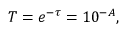
T = e ^ { - \tau } = 1 0 ^ { - A } ,